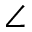
\angle